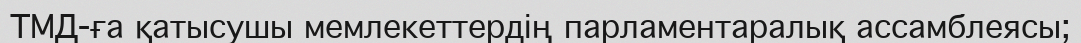
ТМД-ға қатысушы мемлекеттердің парламентаралық ассамблеясы;